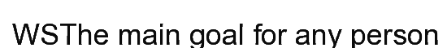
WSThe main goal for any person